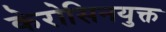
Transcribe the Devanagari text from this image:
केरोसिनयुक्त